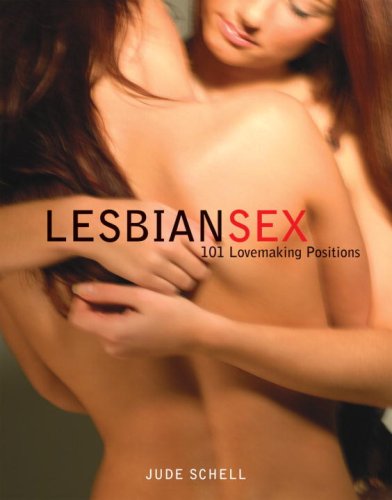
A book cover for Lesbian Sex: 101 Lovemaking Positions; Jude Schell; Gay & Lesbian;